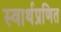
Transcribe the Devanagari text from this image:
स्वार्थप्रणित